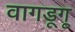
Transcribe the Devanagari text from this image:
वागडूगू